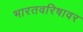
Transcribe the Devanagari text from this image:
भारतवरिषावर